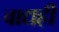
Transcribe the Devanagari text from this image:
वाद्यही